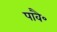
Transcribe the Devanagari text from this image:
पावै॰